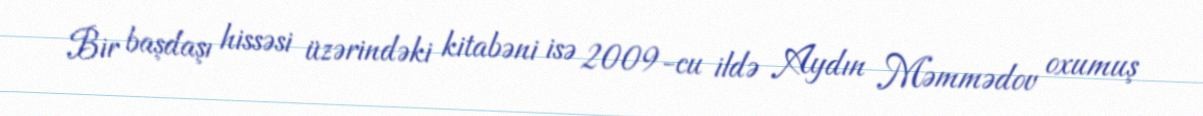
Bir başdaşı hissəsi üzərindəki kitabəni isə 2009-cu ildə Aydın Məmmədov oxumuş